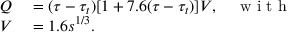
\begin{array} { r l } { Q } & { { } = ( \tau - \tau _ { t } ) [ 1 + 7 . 6 ( \tau - \tau _ { t } ) ] V , \quad \mathrm { ~ w ~ i ~ t ~ h ~ } } \\ { V } & { { } = 1 . 6 s ^ { 1 / 3 } . } \end{array}